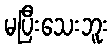
မပြီးသေးဘူး